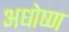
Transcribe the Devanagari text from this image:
अधोष्ण